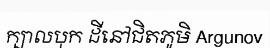
ក្បាលបុក ដីនៅជិតភូមិ Argunov